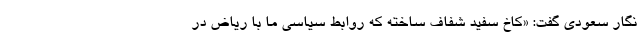
نگار سعودی گفت: «کاخ سفید شفاف ساخته که روابط سیاسی ما با ریاض در